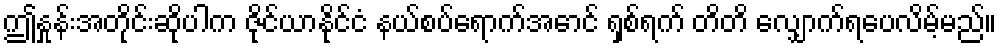
ဤနှုန်းအတိုင်းဆိုပါက ဇိုင်ယာနိုင်ငံ နယ်စပ်ရောက်အောင် ရှစ်ရက် တိတိ လျှောက်ရပေလိမ့်မည်။